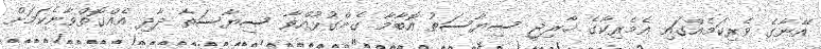
އޭނާގެ ވެރިކަމެއްގައި އެމެރިކާގެ ޚާރިޖީ ސިޔާސަތު އޮބާމާ ގެންގުޅުއްވާ ސިޔާސަތާ ދާދި އެއްގޮތްވާނެކަމަށް